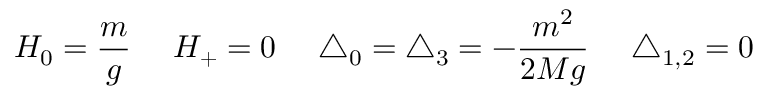
H _ { 0 } = \frac { m } { g } \ \ \ \ H _ { + } = 0 \ \ \ \ \triangle _ { 0 } = \triangle _ { 3 } = - \frac { m ^ { 2 } } { 2 M g } \ \ \ \ \triangle _ { 1 , 2 } = 0